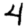
Digit: 4